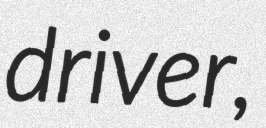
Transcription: driver,